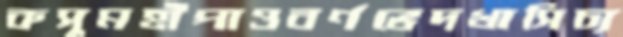
কসুমহাঁপাওবর্ণভেদখাসিচ্য